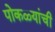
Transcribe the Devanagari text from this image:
पोकळ्यांची